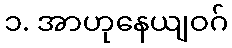
၁. အာဟုနေယျဝဂ်